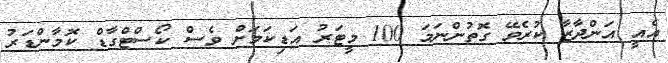
އެއީ އަންދާޒާ ކުރެވޭ ގޮތުންނަމަ 100 މީޓަރު އަޑިކަމަށް ވެސް ކޯސްޓްގާޑް ކޮމާންޑަރު